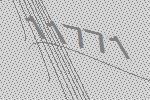
11771